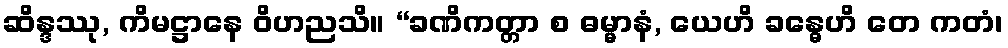
ဆိန္ဒဿု, ကိမဋ္ဌာနေ ဝိဟညသိ။ “ခဏိကတ္တာ စ ဓမ္မာနံ, ယေဟိ ခန္ဓေဟိ တေ ကတံ၊